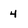
Character: 4